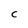
Character: c